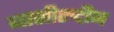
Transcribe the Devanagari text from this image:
नासीरुद्दीन